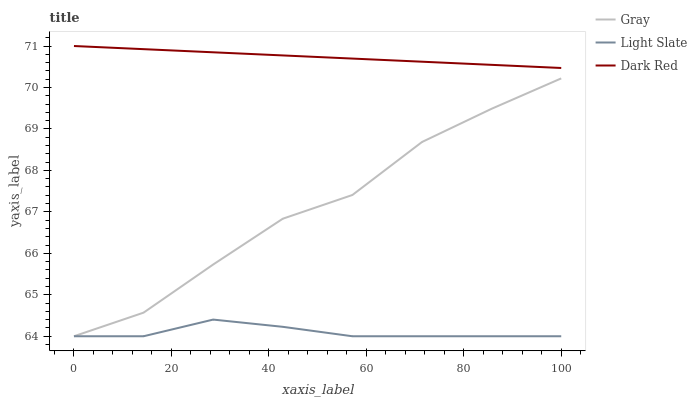
| xaxis_label | Gray | Light Slate | Dark Red |
 | --- | --- | --- | --- |
 | 0 | 64 | 64 | 71 |
 | 14.3 | 64.6 | 64 | 70.9 |
 | 28.6 | 65.7 | 64.4 | 70.8 |
 | 42.9 | 66.8 | 64.2 | 70.8 |
 | 57.1 | 67.4 | 64 | 70.7 |
 | 71.4 | 68.7 | 64 | 70.6 |
 | 85.7 | 69.5 | 64 | 70.5 |
 | 100 | 70.2 | 64 | 70.5 |